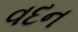
વદન